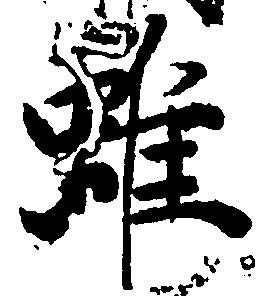
雖